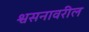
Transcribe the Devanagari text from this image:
श्वसनावरील